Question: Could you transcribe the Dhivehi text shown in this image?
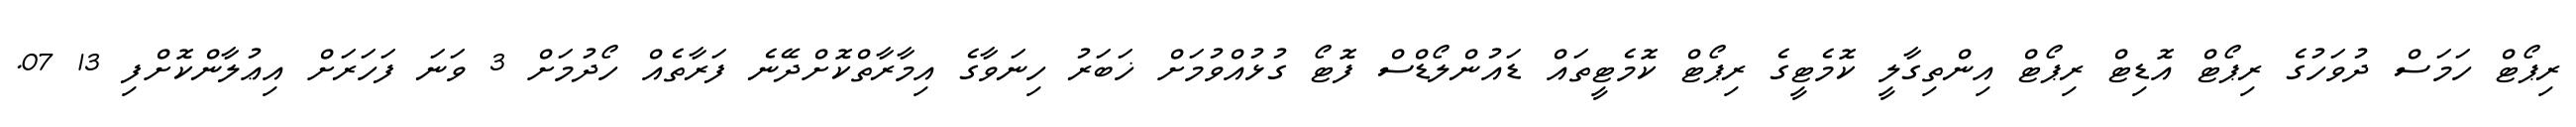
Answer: ރިޕޯޓް ހަމަސް ދުވަހުގެ ރިޕޯޓް އޮޑިޓް ރިޕޯޓް އިންތިގާލީ ކޮމެޓީގެ ރިޕޯޓް ކޮމެޓީތައް ޑައުންލޯޑްސް ފޮޓޯ ގުޅުއްވުމަށް ޚަބަރު ހިނަވާގެ އިމާރާތްކޮށްދޭނެ ފަރާތެއް ހޯދުމަށް 3 ވަނަ ފަހަރަށް އިޢުލާންކޮށްފި 13 07.